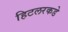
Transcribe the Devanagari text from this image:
हिटलरकडे